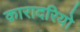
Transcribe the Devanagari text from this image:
क़ारादरियो